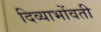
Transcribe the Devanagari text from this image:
दिव्याभोंवती